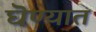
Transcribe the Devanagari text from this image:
घॆण्यात